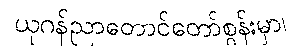
ယုဂန်ညာတောင်တော်စွန်းမှာ၊